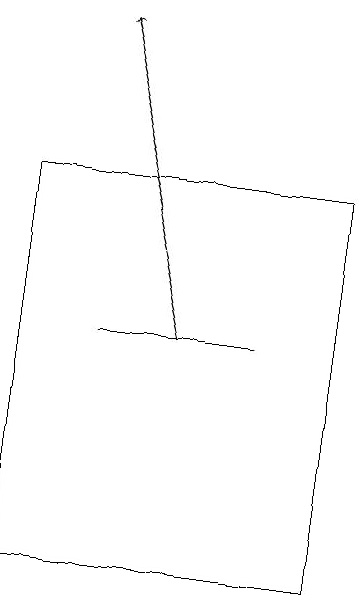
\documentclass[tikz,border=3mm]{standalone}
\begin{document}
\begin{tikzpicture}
\draw[->] (6,15) -- (5,19);
\draw (7,15) rectangle (5,15);
\draw (8,12) rectangle (4,17);
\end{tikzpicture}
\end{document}